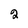
Character: 2